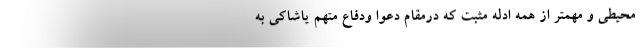
محیطی و مهمتر از همه ادله مثبت که درمقام دعوا ودفاع متهم یاشاکی به